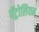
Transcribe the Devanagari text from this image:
पॅट्रोलियम